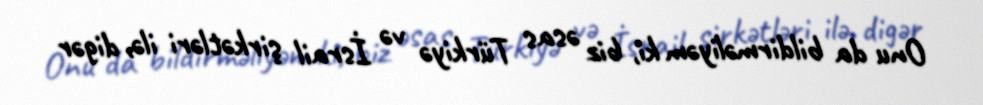
Onu da bildirməliyəm ki, biz əsas Türkiyə və İsrail şirkətləri ilə, digər